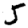
Digit: 5